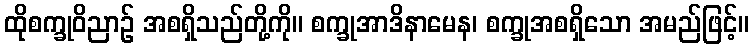
ထိုစက္ခုဝိညာဉ် အစရှိသည်တို့ကို။ စက္ခုအာဒိနာမေန၊ စက္ခုအစရှိသော အမည်ဖြင့်။